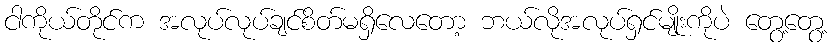
ငါကိုယ်တိုင်က အလုပ်လုပ်ချင်စိတ်မရှိလေတော့ ဘယ်လိုအလုပ်ရှင်မျိုးကိုပဲ တွေ့တွေ့